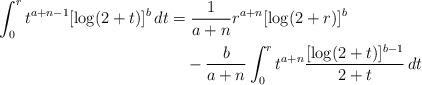
LaTeX: \begin{align*}\int_0^rt^{a+n-1}[\log(2+t)]^b\,dt&=\frac{1}{a+n}r^{a+n}[\log(2+r)]^b\\&\quad-\frac{b}{a+n}\int_0^rt^{a+n}\frac{[\log(2+t)]^{b-1}}{2+t}\,dt\end{align*}